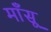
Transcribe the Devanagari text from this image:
माँसू